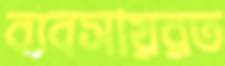
ব্যবসায়রত